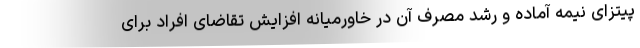
پیتزای نیمه آماده و رشد مصرف آن در خاورمیانه افزایش تقاضای افراد برای